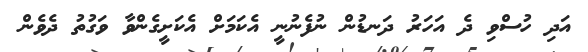
އަދި ހުސްވި ދެ އަހަރު ދަނޑުން ނުފެނުނީ އެކަމަށް އެކަށީގެންވާ ވަގުތު ދެވެން